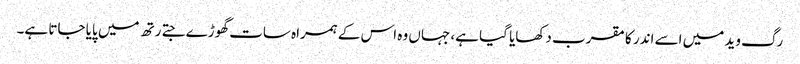
رگ وید میں اسے اندر کا مقرب دکھایا گیا ہے، جہاں وہ اس کے ہمراہ سات گھوڑے جتے رتھ میں پایا جاتا ہے۔